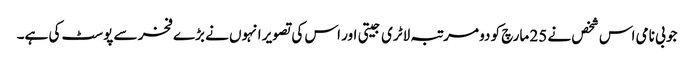
جو بی نامی اس شخص نے 25 مارچ کو دو مرتبہ لاٹری جیتی اور اس کی تصویر انہوں نے بڑے فخر سے پوسٹ کی ہے۔